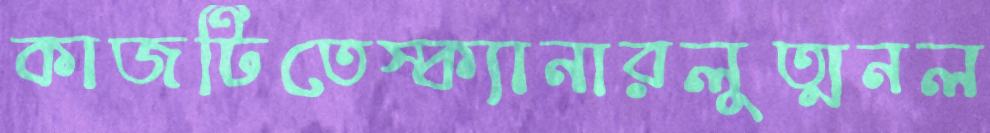
কাজটিতেস্ক্যানারলুত্মনল